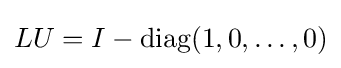
LU=I-\operatorname {diag} (1,0,\ldots ,0)